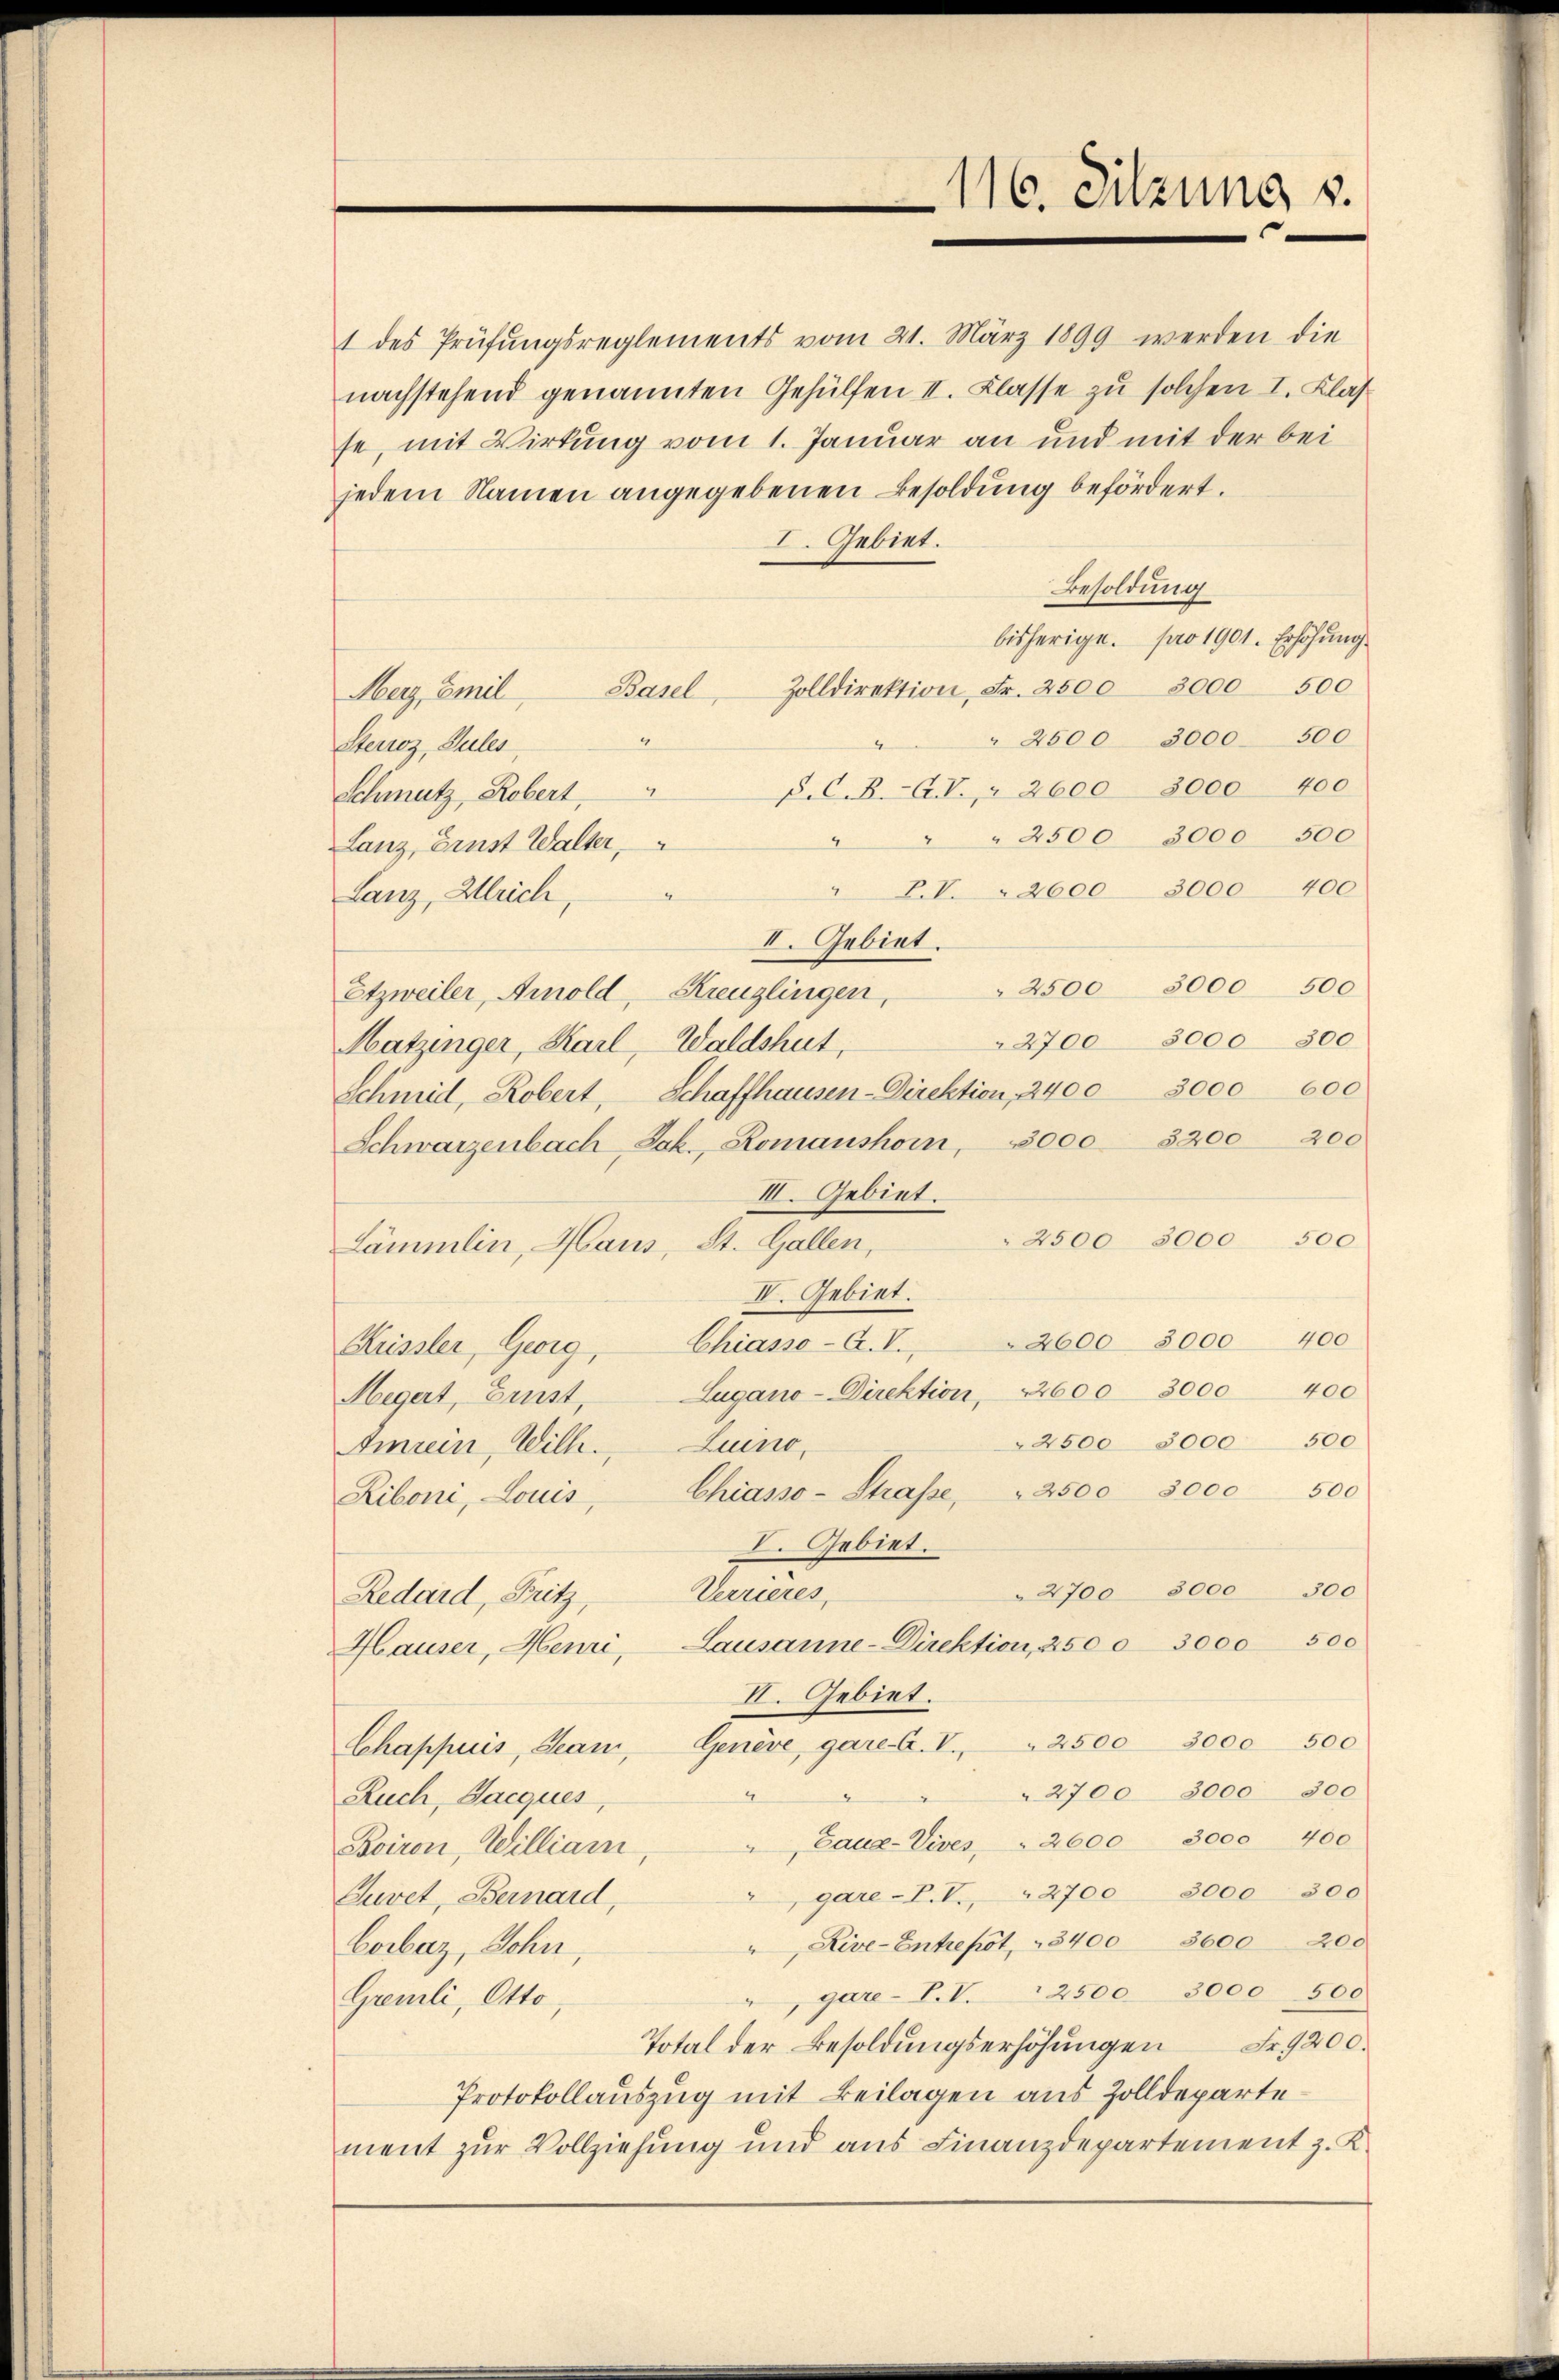
jedem Namen angegebenen Besoldung befördert.
I. Gebiet.
Besoldung
bisherige pro 1901. Erhöhung
Zolldirektion, Fr. 2500 3000 500
Basel
Merz, Emil
 2500 3000 - 500
4
Steuoz, Sules
P. C. B. G. V., § 2600 8000 400
Schmutz, Robert
" 2500 3000 500
4
Lanz, Brust Walter,
" P. V. 2600 3000 400
Lanz, Alleich,
II. Gebiet.
2500 3000 500
Etzweiler, Arnold, Kreuzlingen,
" 2700 3000 300
Matzinger, Karl, Waldshut,
Schmid, Robert, Schaffhausen-Direktion, 2400. 3000 000
Schwarzenbach Jak., Romanshorn, 3000. 3200 200
III. Gebiet.
2500 3000 500
Lämmlin, Haus, St. Gallen,
IV. Gebiet.
Küssler, Georg, Chiasso-A. V. 2600 3000 400
400
Lugano-Direktion, 2600 3000
Megert, Ernst,
2500 3000 500
Luino,
Ainrein, Wilh.
Liboni, Louis, Chiasso-Strasse, 2500 3000 500
I. Gebiet.
" 2700 3000 300
Verrieres,
Redaid, Fritz,
Lausanne-Direktion, 2500 3000 500
Hauser, Henri,
II. Gebiet.
Chappuis, Seam, Genève, gare- C.V. " 2500 3000 500
2700 3000 300
Ruch, Jacques,
Eaua-Vives 2600 3000 400
Bviron, William,
gare-P. V. 2700 3000 300
Suret, Bernard,
Live-Entrepot, " 3400 3600200
Corbaz, Sohn,
gare-T.V.2500. 3000 500
Gremli, Otto,
Total der Besoldŭngserhöhŭngen Fr. 9200.
Protokollauszug mit Beilagen aus Zolldepartement zur Vollziehung und aus Finanzdepartement z. K.

1 des Prüfŭngsreglements vom 21. März 1899 werden die
nachstehend genannten Gehülfen II. Klasse zu solchen I. Klas
se, mit Wirkung vom 1. Januar an und mit der bei

116. Sitzung u.